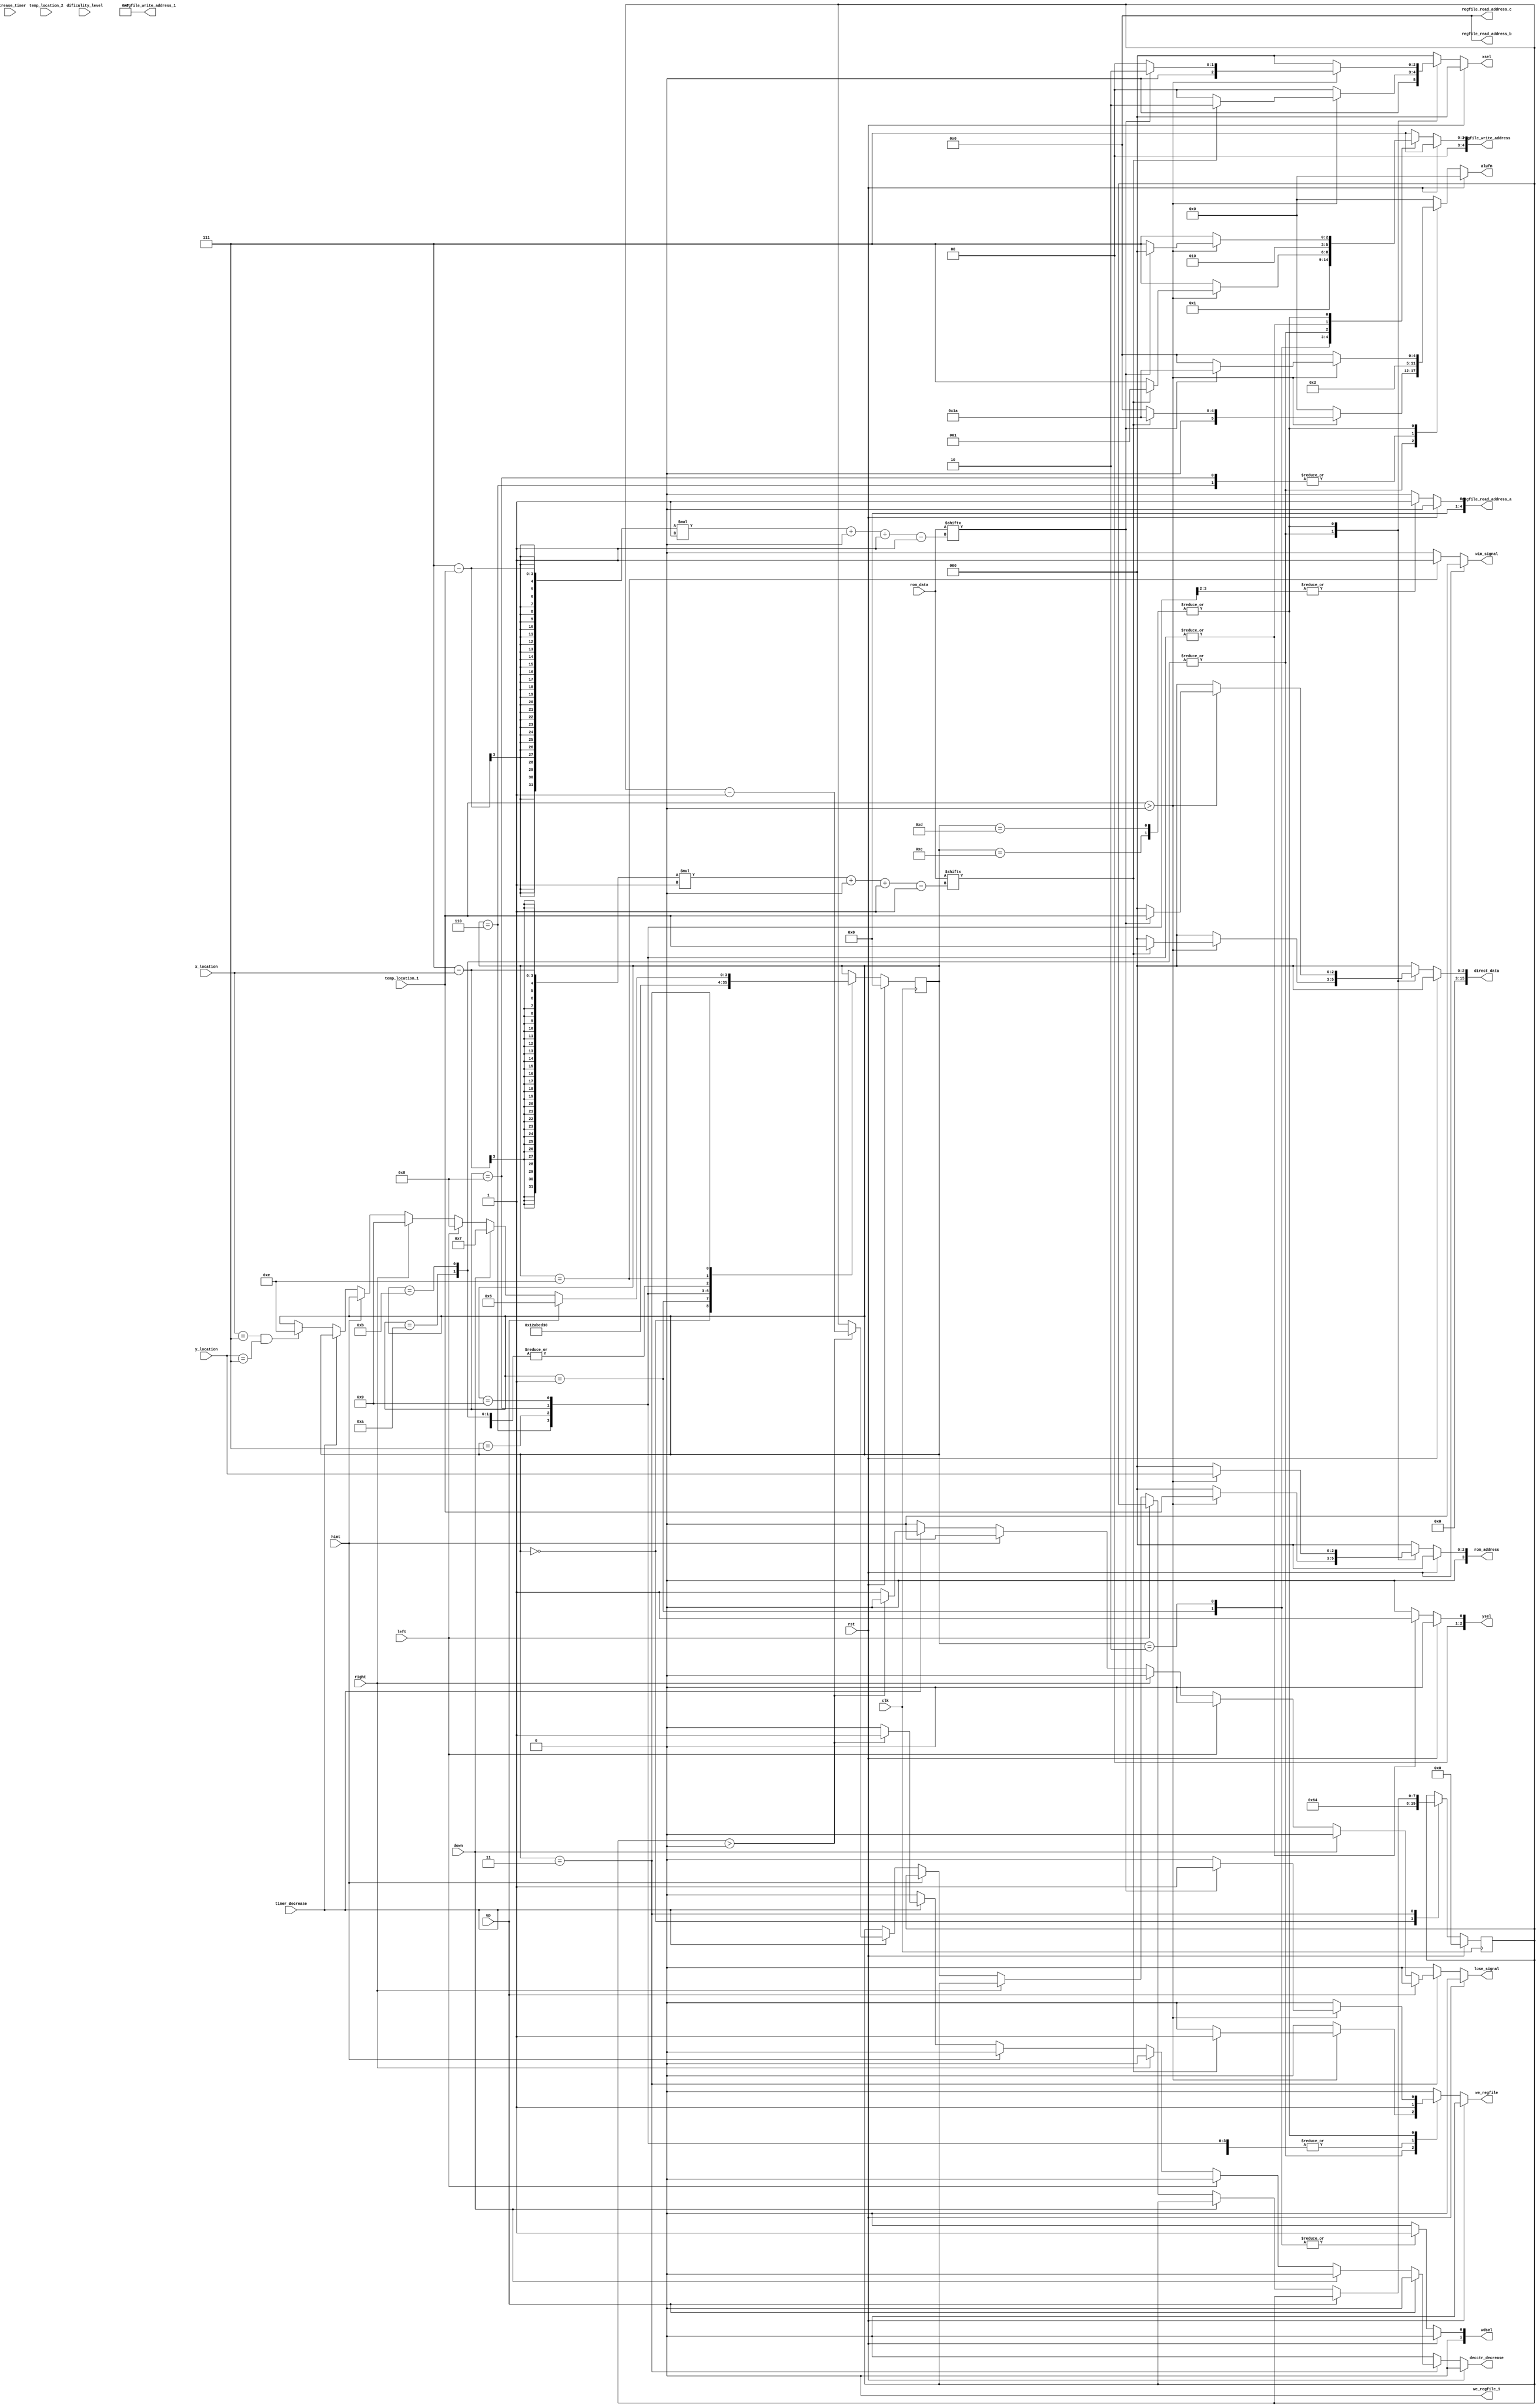
/*
   This file was generated automatically by the Mojo IDE version B1.3.6.
   Do not edit this file directly. Instead edit the original Lucid source.
   This is a temporary file and any changes made to it will be destroyed.
*/

module fsm_controller_25 (
    input clk,
    input rst,
    input decrease_timer,
    input up,
    input down,
    input left,
    input right,
    input hint,
    input [7:0] rom_data,
    input [2:0] x_location,
    input [2:0] y_location,
    input [2:0] temp_location_1,
    input [2:0] temp_location_2,
    input timer_decrease,
    input dificulity_level,
    output reg [5:0] alufn,
    output reg [2:0] xsel,
    output reg [2:0] ysel,
    output reg we_regfile,
    output reg we_regfile_1,
    output reg [4:0] regfile_write_address,
    output reg [4:0] regfile_write_address_1,
    output reg [4:0] regfile_read_address_a,
    output reg [4:0] regfile_read_address_b,
    output reg [4:0] regfile_read_address_c,
    output reg [1:0] wdsel,
    output reg [3:0] rom_address,
    output reg win_signal,
    output reg lose_signal,
    output reg [15:0] direct_data,
    output reg decctr_decrease
  );
  
  
  
  reg new_x;
  
  reg new_y;
  
  reg check_wall;
  
  reg win;
  
  reg lose;
  
  localparam START_TIMER_maze_fsm = 4'd0;
  localparam START_SETX_maze_fsm = 4'd1;
  localparam START_SETY_maze_fsm = 4'd2;
  localparam IDLE_maze_fsm = 4'd3;
  localparam CHECK_GAME_TIMER_maze_fsm = 4'd4;
  localparam UPDATE_maze_fsm = 4'd5;
  localparam CHECKMOVEMENT_UP_maze_fsm = 4'd6;
  localparam CHECKMOVEMENT_DOWN_maze_fsm = 4'd7;
  localparam CHECKMOVEMENT_LEFT_maze_fsm = 4'd8;
  localparam CHECKMOVEMENT_RIGHT_maze_fsm = 4'd9;
  localparam CHECKMOVEMENT_UP_WALL_maze_fsm = 4'd10;
  localparam CHECKMOVEMENT_DOWN_WALL_maze_fsm = 4'd11;
  localparam CHECKMOVEMENT_LEFT_WALL_maze_fsm = 4'd12;
  localparam CHECKMOVEMENT_RIGHT_WALL_maze_fsm = 4'd13;
  localparam WIN_maze_fsm = 4'd14;
  localparam LOSE_maze_fsm = 4'd15;
  
  reg [3:0] M_maze_fsm_d, M_maze_fsm_q = START_TIMER_maze_fsm;
  reg [7:0] M_timer_reg_d, M_timer_reg_q = 1'h0;
  
  always @* begin
    M_maze_fsm_d = M_maze_fsm_q;
    M_timer_reg_d = M_timer_reg_q;
    
    win_signal = 1'h0;
    lose_signal = 1'h0;
    alufn = 1'h0;
    xsel = 1'h0;
    ysel = 1'h0;
    we_regfile = 1'h0;
    we_regfile_1 = 1'h0;
    regfile_write_address = 14'h2b67;
    regfile_write_address_1 = 14'h2b67;
    regfile_read_address_a = 1'h0;
    regfile_read_address_b = 1'h0;
    regfile_read_address_c = 1'h0;
    wdsel = 1'h0;
    rom_address = 1'h0;
    direct_data = 1'h0;
    decctr_decrease = 1'h0;
    if (rst) begin
      M_maze_fsm_d = START_TIMER_maze_fsm;
    end else begin
      
      case (M_maze_fsm_q)
        START_TIMER_maze_fsm: begin
          M_timer_reg_d = 7'h64;
          M_maze_fsm_d = START_SETX_maze_fsm;
        end
        START_SETX_maze_fsm: begin
          alufn = 6'h00;
          xsel = 3'h0;
          ysel = 3'h0;
          regfile_write_address = 5'h00;
          we_regfile = 1'h1;
          wdsel = 2'h1;
          M_maze_fsm_d = START_SETY_maze_fsm;
        end
        START_SETY_maze_fsm: begin
          alufn = 6'h00;
          xsel = 3'h0;
          ysel = 3'h0;
          regfile_write_address = 5'h01;
          we_regfile = 1'h1;
          wdsel = 2'h1;
          M_maze_fsm_d = IDLE_maze_fsm;
        end
        CHECKMOVEMENT_UP_maze_fsm: begin
          alufn = 6'h01;
          xsel = 5'h00;
          ysel = 5'h01;
          regfile_read_address_a = 5'h01;
          regfile_write_address = 5'h02;
          we_regfile = 1'h1;
          wdsel = 2'h0;
          M_maze_fsm_d = CHECKMOVEMENT_UP_WALL_maze_fsm;
        end
        CHECKMOVEMENT_UP_WALL_maze_fsm: begin
          if (temp_location_1 > 1'h0) begin
            rom_address = temp_location_1;
            check_wall = rom_data[(3'h7 - x_location)*1+0-:1];
            if (check_wall == 1'h1) begin
              alufn = 6'h1a;
              regfile_write_address = 5'h01;
              we_regfile = 1'h1;
              xsel = 2'h2;
              wdsel = 2'h0;
              direct_data = temp_location_1;
              M_maze_fsm_d = IDLE_maze_fsm;
            end else begin
              M_maze_fsm_d = IDLE_maze_fsm;
            end
          end else begin
            M_maze_fsm_d = IDLE_maze_fsm;
          end
        end
        CHECKMOVEMENT_DOWN_maze_fsm: begin
          alufn = 6'h00;
          xsel = 5'h00;
          ysel = 5'h01;
          regfile_read_address_a = 5'h01;
          regfile_write_address = 5'h02;
          we_regfile = 1'h1;
          wdsel = 2'h0;
          M_maze_fsm_d = CHECKMOVEMENT_DOWN_WALL_maze_fsm;
        end
        CHECKMOVEMENT_DOWN_WALL_maze_fsm: begin
          if (temp_location_1 > 1'h0) begin
            rom_address = temp_location_1;
            check_wall = rom_data[(3'h7 - x_location)*1+0-:1];
            if (check_wall) begin
              alufn = 6'h1a;
              regfile_write_address = 5'h01;
              we_regfile = 1'h1;
              xsel = 2'h2;
              wdsel = 2'h0;
              direct_data = temp_location_1;
              M_maze_fsm_d = IDLE_maze_fsm;
            end else begin
              M_maze_fsm_d = IDLE_maze_fsm;
            end
          end else begin
            M_maze_fsm_d = IDLE_maze_fsm;
          end
        end
        CHECKMOVEMENT_LEFT_maze_fsm: begin
          alufn = 6'h01;
          xsel = 5'h00;
          ysel = 5'h01;
          regfile_read_address_a = 5'h00;
          regfile_write_address = 5'h02;
          we_regfile = 1'h1;
          wdsel = 2'h0;
          M_maze_fsm_d = CHECKMOVEMENT_LEFT_WALL_maze_fsm;
        end
        CHECKMOVEMENT_LEFT_WALL_maze_fsm: begin
          if (temp_location_1 > 1'h0) begin
            rom_address = y_location;
            check_wall = rom_data[(3'h7 - temp_location_1)*1+0-:1];
            if (check_wall == 1'h1) begin
              alufn = 6'h1a;
              regfile_write_address = 5'h00;
              we_regfile = 1'h1;
              xsel = 2'h2;
              wdsel = 2'h0;
              direct_data = temp_location_1;
              M_maze_fsm_d = IDLE_maze_fsm;
            end else begin
              M_maze_fsm_d = IDLE_maze_fsm;
            end
          end else begin
            M_maze_fsm_d = IDLE_maze_fsm;
          end
        end
        CHECKMOVEMENT_RIGHT_maze_fsm: begin
          alufn = 6'h00;
          xsel = 5'h00;
          ysel = 5'h01;
          regfile_read_address_a = 5'h00;
          regfile_write_address = 5'h02;
          we_regfile = 1'h1;
          wdsel = 2'h0;
          M_maze_fsm_d = CHECKMOVEMENT_RIGHT_WALL_maze_fsm;
        end
        CHECKMOVEMENT_RIGHT_WALL_maze_fsm: begin
          if (temp_location_1 > 1'h0) begin
            rom_address = y_location;
            check_wall = rom_data[(3'h7 - temp_location_1)*1+0-:1];
            if (check_wall == 1'h1) begin
              alufn = 6'h1a;
              regfile_write_address = 5'h00;
              we_regfile = 1'h1;
              xsel = 2'h2;
              wdsel = 2'h0;
              direct_data = temp_location_1;
              M_maze_fsm_d = IDLE_maze_fsm;
            end else begin
              M_maze_fsm_d = IDLE_maze_fsm;
            end
          end else begin
            M_maze_fsm_d = IDLE_maze_fsm;
          end
        end
        WIN_maze_fsm: begin
          win_signal = 1'h1;
          M_maze_fsm_d = START_TIMER_maze_fsm;
        end
        IDLE_maze_fsm: begin
          if (up) begin
            M_maze_fsm_d = CHECKMOVEMENT_UP_maze_fsm;
          end else begin
            if (down) begin
              M_maze_fsm_d = CHECKMOVEMENT_DOWN_maze_fsm;
            end else begin
              if (left) begin
                M_maze_fsm_d = CHECKMOVEMENT_LEFT_maze_fsm;
              end else begin
                if (right) begin
                  M_maze_fsm_d = CHECKMOVEMENT_RIGHT_maze_fsm;
                end else begin
                  if (hint) begin
                    
                  end else begin
                    if (timer_decrease) begin
                      if (M_timer_reg_q > 1'h0) begin
                        M_timer_reg_d = M_timer_reg_q - 1'h1;
                        decctr_decrease = 1'h1;
                      end else begin
                        lose_signal = 1'h1;
                      end
                    end else begin
                      if (x_location == 3'h7 && y_location == 3'h7) begin
                        M_maze_fsm_d = WIN_maze_fsm;
                      end
                    end
                  end
                end
              end
            end
          end
        end
      endcase
    end
  end
  
  always @(posedge clk) begin
    M_maze_fsm_q <= M_maze_fsm_d;
    
    if (rst == 1'b1) begin
      M_timer_reg_q <= 1'h0;
    end else begin
      M_timer_reg_q <= M_timer_reg_d;
    end
  end
  
endmodule